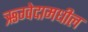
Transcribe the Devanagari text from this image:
ऋग्वेदामधील